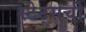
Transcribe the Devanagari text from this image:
स्टेट्सची